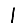
Digit: 1